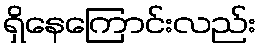
ရှိနေကြောင်းလည်း